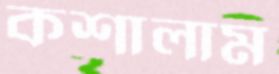
কশালাম